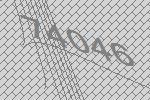
74046